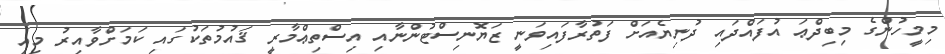
މިމީހުންގެ މިބިދްޢަ އުފައްދައި ދުނިޔެއަށް ފަތުރާފައިވަނީ ޒަޔޮނިސްޓުންނާއި އިސްތިޢްމާރީ ޤައުމުތަކުގައި ކަމަށްވާއިރު މިއީ